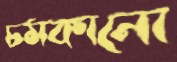
চমকানো